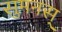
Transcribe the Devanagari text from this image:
सुमनस्